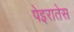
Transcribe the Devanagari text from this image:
पेइरातेस